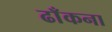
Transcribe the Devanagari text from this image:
ढाँकना